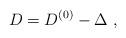
LaTeX: \begin{align*}D=D^{(0)}-\Delta\; ,\end{align*}